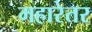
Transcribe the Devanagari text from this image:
महारेतर